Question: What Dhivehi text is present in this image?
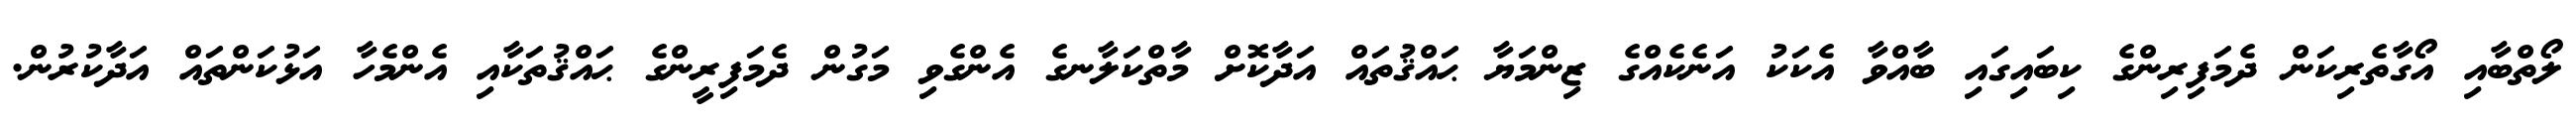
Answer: ލޯތްބާއި އޯގާތެރިކަން ދެމަފިރިންގެ ކިބައިގައި ބާއްވާ އެކަކު އަނެކެއްގެ ޒިންމަޔާ ޙައްޤުތައް އަދާކޮށް މާތްކަލާނގެ އެންގެވި މަގުން ދެމަފިރީންގެ ޙައްޤުތަކާއި އެންމެހާ އަޅުކަންތައް އަދާކުރުން.